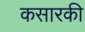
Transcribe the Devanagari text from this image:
कसारकी